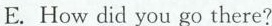
E. How did you go there?